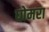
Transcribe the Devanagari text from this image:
घोमरा